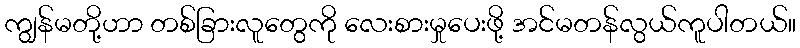
ကျွန်မတို့ဟာ တစ်ခြားလူတွေကို လေးစားမှုပေးဖို့ အင်မတန်လွယ်ကူပါတယ်။